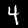
Digit: 4